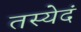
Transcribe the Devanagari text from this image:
तस्येदं